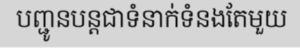
បញ្ជូនបន្តជាទំនាក់ទំនងតែមួយ